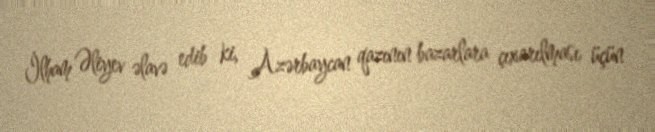
İlham Əliyev əlavə edib ki, Azərbaycan qazının bazarlara çıxarılması üçün